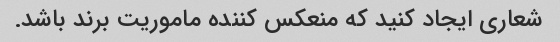
شعاری ایجاد کنید که منعکس کننده ماموریت برند باشد.